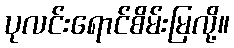
ပုလင်းရောင်စိမ်းမြလို့။